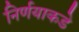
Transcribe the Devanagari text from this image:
निर्णयाकडे